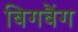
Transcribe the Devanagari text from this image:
बिगबैंग